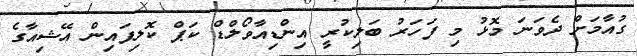
ގުއާމަށް ދެވަނަ މޮޅު މި ފަހަރު ބަލިކުރީ އިންޑިއާވޯލްޑް ކަޕް ކޮލިފައިން އޭޝިއާގެ